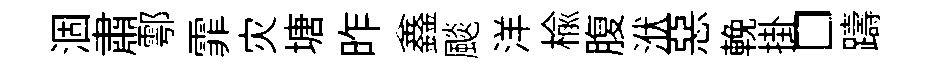
涸肅鄠霏灾塘昨鑫颷洋榆腹洑惡輓掛□躊